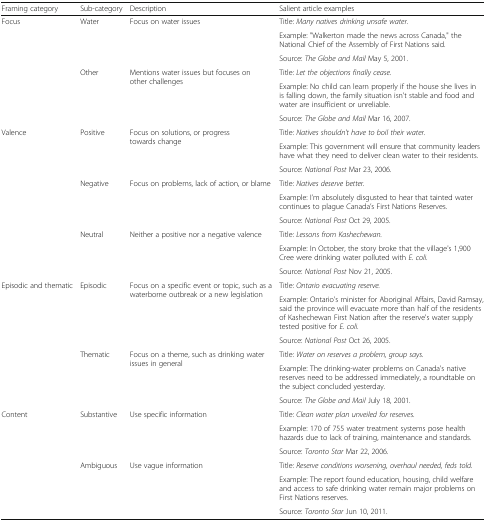
<table><thead><tr><td><b>Framing category</b></td><td><b>Sub-category</b></td><td><b>Description</b></td><td><b>Salient article examples</b></td></tr></thead><tbody><tr><td rowspan="3">Focus</td><td rowspan="3">Water</td><td rowspan="3">Focus on water issues</td><td>Title: <i>Many natives drinking unsafe water.</i></td></tr><tr><td>Example: &quot;Walkerton made the news across Canada,&quot; the National Chief of the Assembly of First Nations said.</td></tr><tr><td>Source: <i>The Globe and Mail</i> May 5, 2001.</td></tr><tr><td rowspan="3"></td><td rowspan="3">Other</td><td rowspan="3">Mentions water issues but focuses on other challenges</td><td>Title: <i>Let the objections finally cease.</i></td></tr><tr><td>Example: No child can learn properly if the house she lives in is falling down, the family situation isn&#x27;t stable and food and water are insufficient or unreliable.</td></tr><tr><td>Source: <i>The Globe and Mail</i> Mar 16, 2007.</td></tr><tr><td rowspan="3">Valence</td><td rowspan="3">Positive</td><td rowspan="3">Focus on solutions, or progress towards change</td><td>Title: <i>Natives shouldn&#x27;t have to boil their water.</i></td></tr><tr><td>Example: This government will ensure that community leaders have what they need to deliver clean water to their residents.</td></tr><tr><td>Source: <i>National Post</i> Mar 23, 2006.</td></tr><tr><td rowspan="3"></td><td rowspan="3">Negative</td><td rowspan="3">Focus on problems, lack of action, or blame</td><td>Title: <i>Natives deserve better.</i></td></tr><tr><td>Example: I’m absolutely disgusted to hear that tainted water continues to plague Canada’s First Nations Reserves.</td></tr><tr><td>Source: <i>National Post</i> Oct 29, 2005.</td></tr><tr><td rowspan="3"></td><td rowspan="3">Neutral</td><td rowspan="3">Neither a positive nor a negative valence</td><td>Title: <i>Lessons from Kashechewan.</i></td></tr><tr><td>Example: In October, the story broke that the village&#x27;s 1,900 Cree were drinking water polluted with <i>E. coli.</i></td></tr><tr><td>Source: <i>National Post</i> Nov 21, 2005.</td></tr><tr><td rowspan="3">Episodic and thematic</td><td rowspan="3">Episodic</td><td rowspan="3">Focus on a specific event or topic, such as a waterborne outbreak or a new legislation</td><td>Title: <i>Ontario evacuating reserve.</i></td></tr><tr><td>Example: Ontario&#x27;s minister for Aboriginal Affairs, David Ramsay, said the province will evacuate more than half of the residents of Kashechewan First Nation after the reserve&#x27;s water supply tested positive for <i>E. coli.</i></td></tr><tr><td>Source: <i>National Post</i> Oct 26, 2005.</td></tr><tr><td rowspan="3"></td><td rowspan="3">Thematic</td><td rowspan="3">Focus on a theme, such as drinking water issues in general</td><td>Title: <i>Water on reserves a problem, group says.</i></td></tr><tr><td>Example: The drinking-water problems on Canada’s native reserves need to be addressed immediately, a roundtable on the subject concluded yesterday.</td></tr><tr><td>Source: <i>The Globe and Mail</i> July 18, 2001.</td></tr><tr><td rowspan="3">Content</td><td rowspan="3">Substantive</td><td rowspan="3">Use specific information</td><td>Title: <i>Clean water plan unveiled for reserves.</i></td></tr><tr><td>Example: 170 of 755 water treatment systems pose health hazards due to lack of training, maintenance and standards.</td></tr><tr><td>Source: <i>Toronto Star</i> Mar 22, 2006.</td></tr><tr><td rowspan="3"></td><td rowspan="3">Ambiguous</td><td rowspan="3">Use vague information</td><td>Title: <i>Reserve conditions worsening, overhaul needed, feds told.</i></td></tr><tr><td>Example: The report found education, housing, child welfare and access to safe drinking water remain major problems on First Nations reserves.</td></tr><tr><td>Source: <i>Toronto Star</i> Jun 10, 2011.</td></tr></tbody></table>